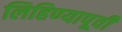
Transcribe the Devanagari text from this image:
लिहिण्‍यापूर्वी